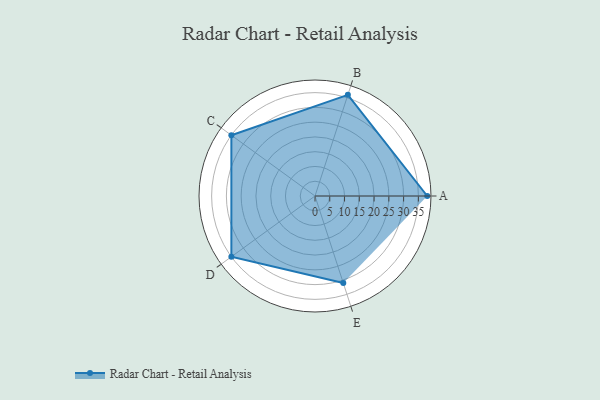
{"axis": {"x": "Skill", "y": "Score"}, "legend": ["Profile"], "data": [{"x": "A", "y": 38.0, "type": "Profile"}, {"x": "B", "y": 36.0, "type": "Profile"}, {"x": "C", "y": 35.0, "type": "Profile"}, {"x": "D", "y": 35.0, "type": "Profile"}, {"x": "E", "y": 31.0, "type": "Profile"}]}